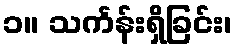
၁။ သင်္ကန်းရှိခြင်း၊